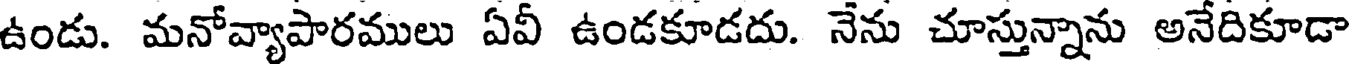
ఉండు. మనోవ్యాపారములు ఏవీ ఉండకూడదు. నేను చూస్తున్నాను అనేదికూడా